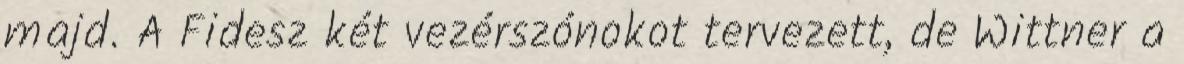
majd. A Fidesz két vezérszónokot tervezett, de Wittner a